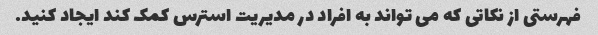
فهرستی از نکاتی که می تواند به افراد در مدیریت استرس کمک کند ایجاد کنید.